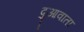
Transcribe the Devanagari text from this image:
दुआवाता